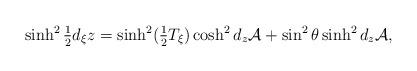
LaTeX: \begin{align*}\sinh^2\tfrac{1}{2}d_{\xi}z = \sinh^2(\tfrac{1}{2}T_{\xi})\cosh^2d_z\mathcal{A}+\sin^2\theta\sinh^2d_z\mathcal{A},\end{align*}